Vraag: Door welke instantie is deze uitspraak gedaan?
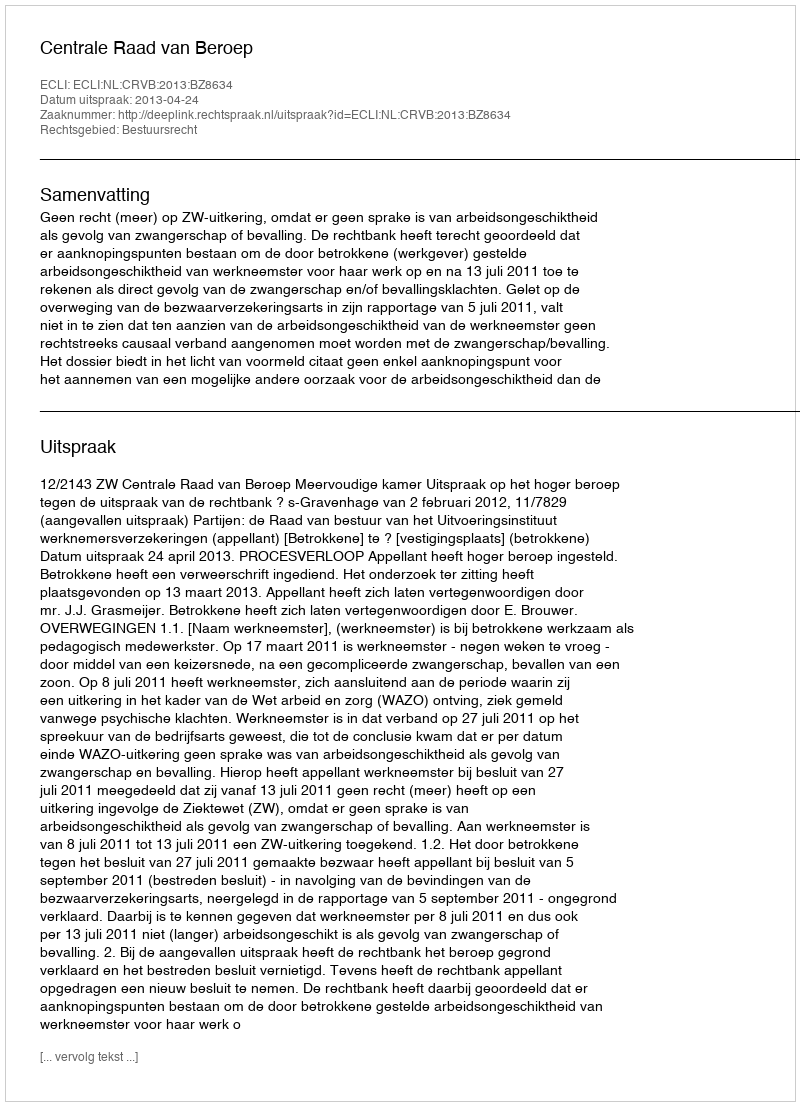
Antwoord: Centrale Raad van Beroep